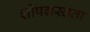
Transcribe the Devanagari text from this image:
शोषग्रस्तता